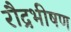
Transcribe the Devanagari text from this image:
रौद्रभीषण